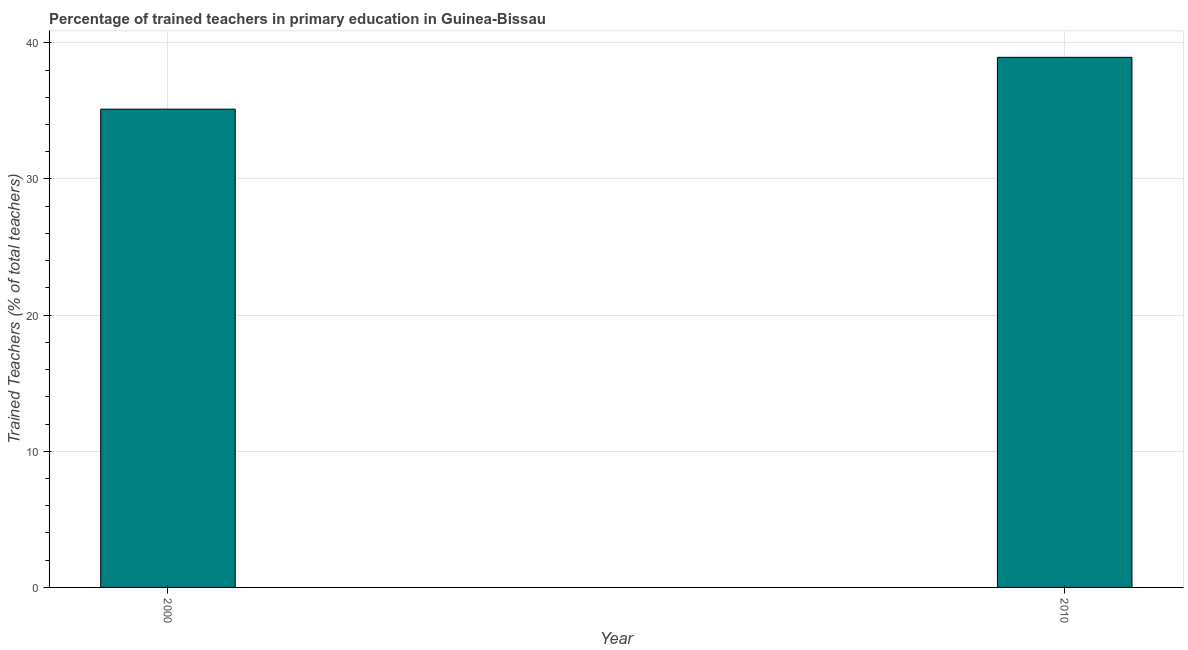
| Year | Trained teacher |
 | --- | --- |
 | 2000 | 35.1 |
 | 2010 | 38.9 |